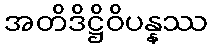
အတိဒိဋ္ဌိဝိပန္နဿ